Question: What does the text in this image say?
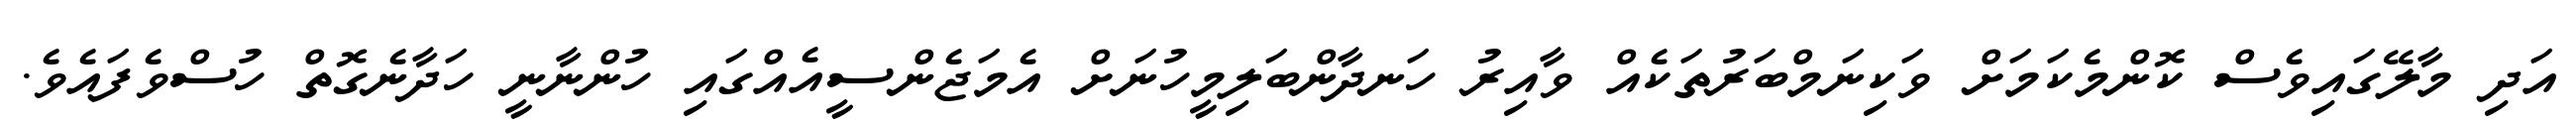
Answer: އަދި މާލޭގައިވެސް ކޮންމެކަމަށް ވަކިނަމްބަރުތަކެއް ވާއިރު ހަނދާންބަލިމީހުނަށް އެމަޖެންސީއެއްގައި ހުންނާނީ ހަދާނެގޮތް ހުސްވެފައެވެ.